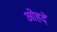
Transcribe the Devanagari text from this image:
ओहदें